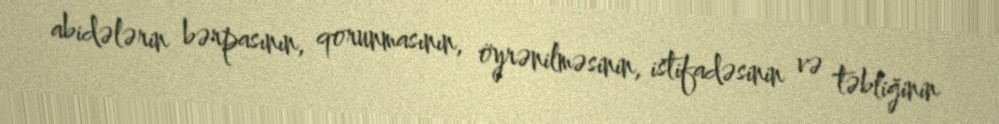
abidələrin bərpasının, qorunmasının, öyrənilməsinin, istifadəsinin və təbliğinin